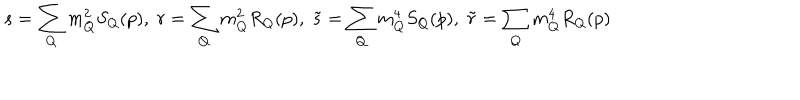
LaTeX: s = \sum _ { Q } m _ { Q } ^ { 2 } S _ { Q } ( p ) , \; r = \sum _ { Q } m _ { Q } ^ { 2 } R _ { Q } ( p ) , \; \tilde { s } = \sum _ { Q } m _ { Q } ^ { 4 } S _ { Q } ( p ) , \; \tilde { r } = \sum _ { Q } m _ { Q } ^ { 4 } R _ { Q } ( p )